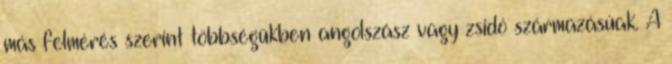
más felmérés szerint többségükben angolszász vagy zsidó származásúak. A